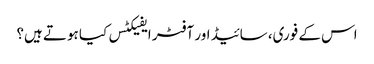
اس کے فوری، سائیڈ اور آفٹر ایفیکٹس کیا ہوتے ہیں؟